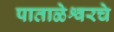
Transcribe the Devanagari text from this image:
पाताळेश्वरचे